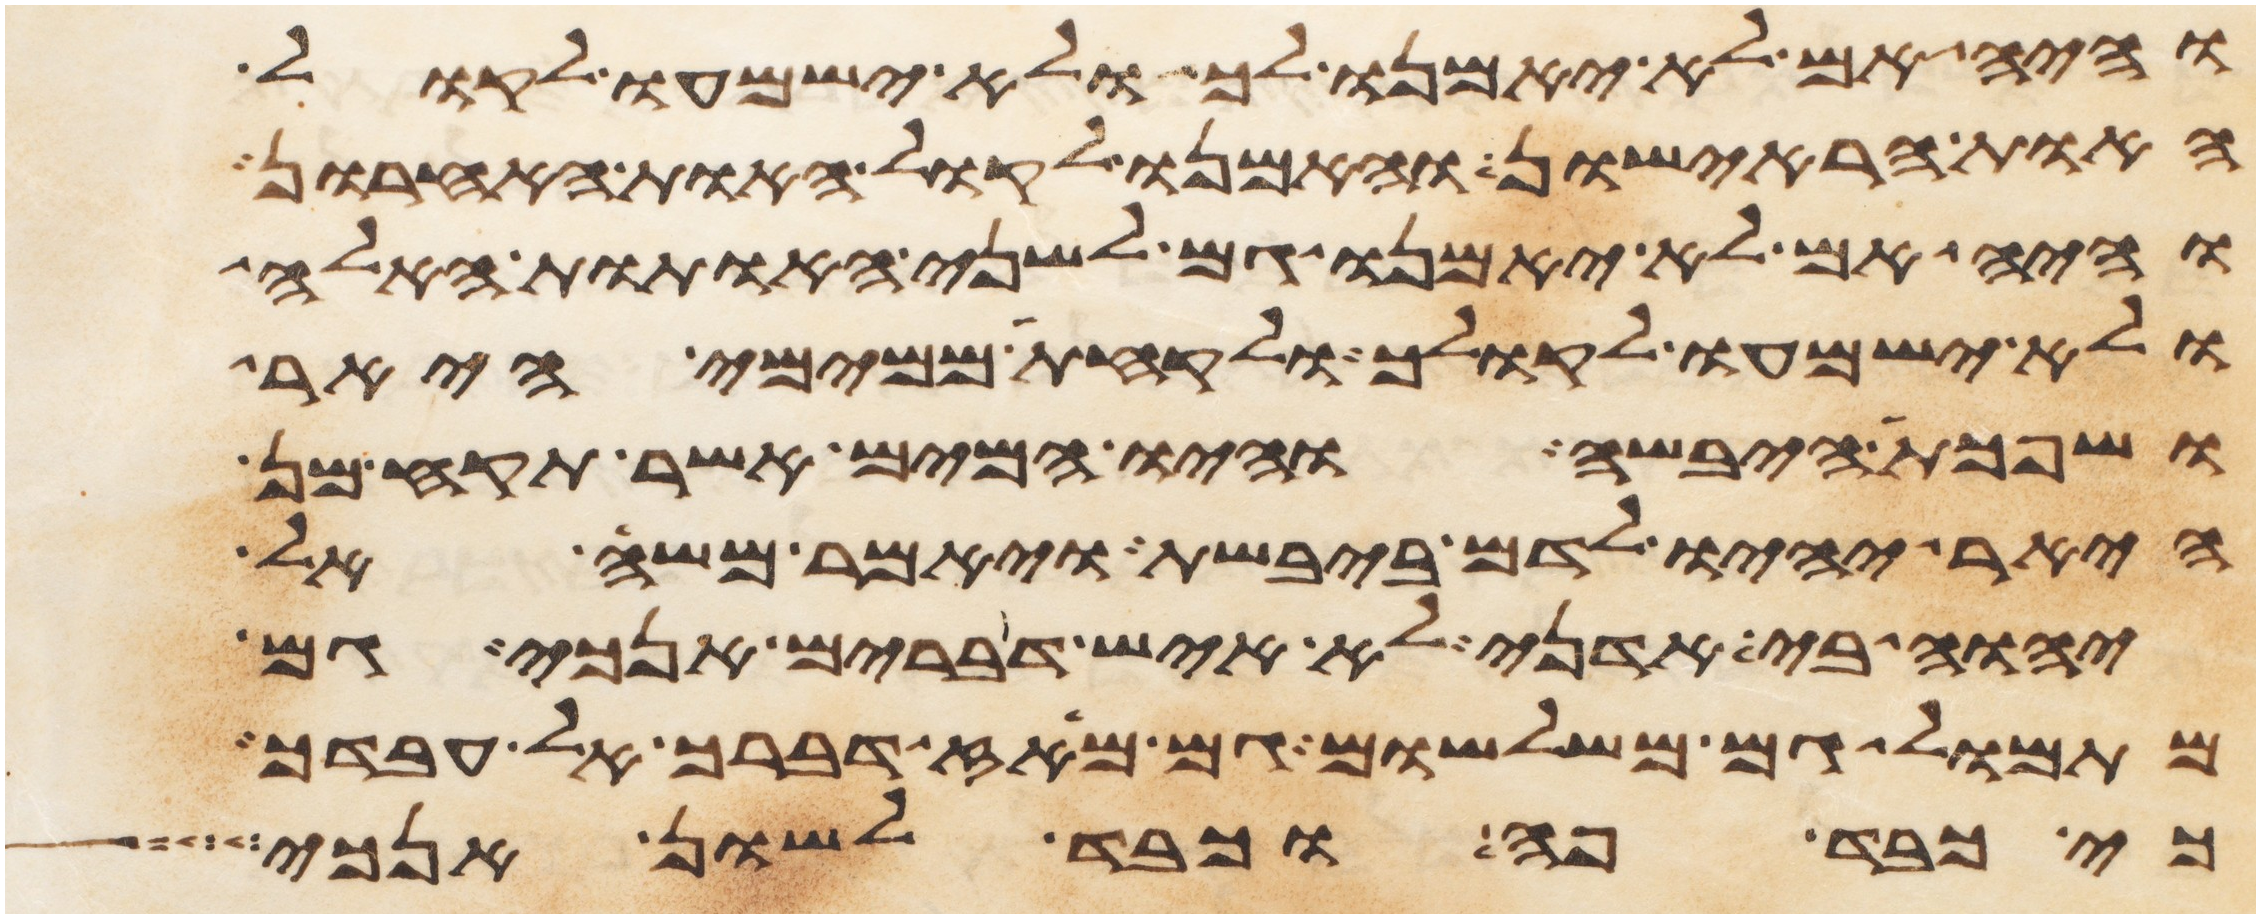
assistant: והיה אם לא יאמנו לך ולא ישמעו לקול
האות הראישון והאמנו לקול האות האחרון
והיה אם לא יאמנו גם לשני האתות האלה
ולא ישמעו לקולך ולקחת ממימי היאר
ושפכת היבשה והיו המים אשר תקח מן
היאר יהיו לדם ביבשת ויאמר משה אל
יהוה בי אדני לא איש דברים אנכי גם
מתמול גם משלשום גם מאז דברך אל עבדך
כי כבד פה וכבד לשון אנכי